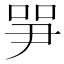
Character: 㖐